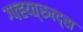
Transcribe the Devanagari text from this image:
ग्फ्ह्य्त्रुत्द्स